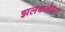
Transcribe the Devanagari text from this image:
झलकलेला